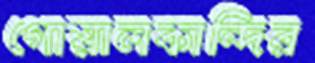
গোয়ালকান্দির